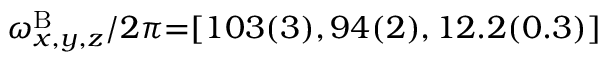
\omega _ { x , y , z } ^ { \mathrm { B } } / 2 \pi { = } [ 1 0 3 ( 3 ) , 9 4 ( 2 ) , 1 2 . 2 ( 0 . 3 ) ]